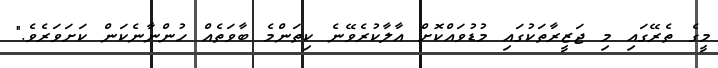
މީގެ ތެރޭގައި މި ޖަޒީރާތަކުގައި މުޑުވައްކޮށް އާލާކުރެވޭނެ ކިތަންމެ ބާވަތެއް ހުންނާނެކަން ކަށަވަރެވެ."